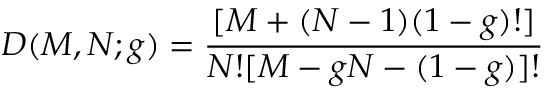
D ( M , N ; g ) = \frac { [ M + ( N - 1 ) ( 1 - g ) ! ] } { N ! [ M - g N - ( 1 - g ) ] ! }